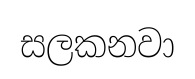
සලකනවා